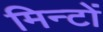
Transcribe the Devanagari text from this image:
मिन्टों